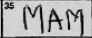
Transcription: MAM